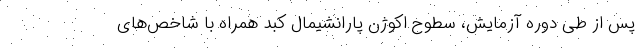
پس از طی دوره آزمایش، سطوح اکوژن پارانشیمال کبد همراه با شاخص‌های